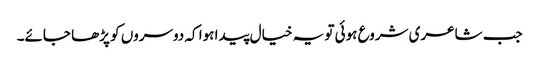
جب شاعری شروع ہوئی تو یہ خیال پیدا ہوا کہ دوسروں کو پڑھا جائے۔